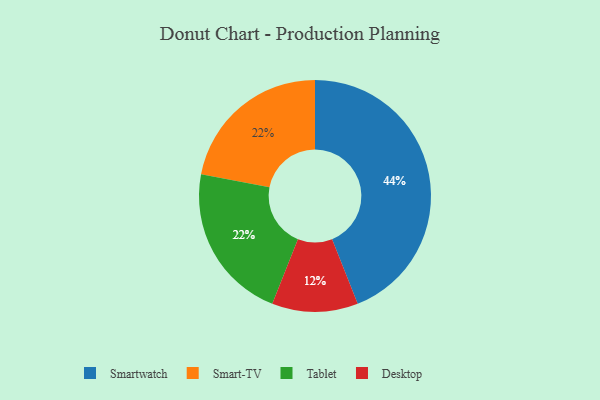
{"axis": {"x": "Category", "y": "Percentage"}, "legend": ["Desktop", "Smart-TV", "Smartwatch", "Tablet"], "data": [{"x": "Smartwatch", "y": 44, "type": "Smartwatch"}, {"x": "Desktop", "y": 12, "type": "Desktop"}, {"x": "Smart-TV", "y": 22, "type": "Smart-TV"}, {"x": "Tablet", "y": 22, "type": "Tablet"}]}